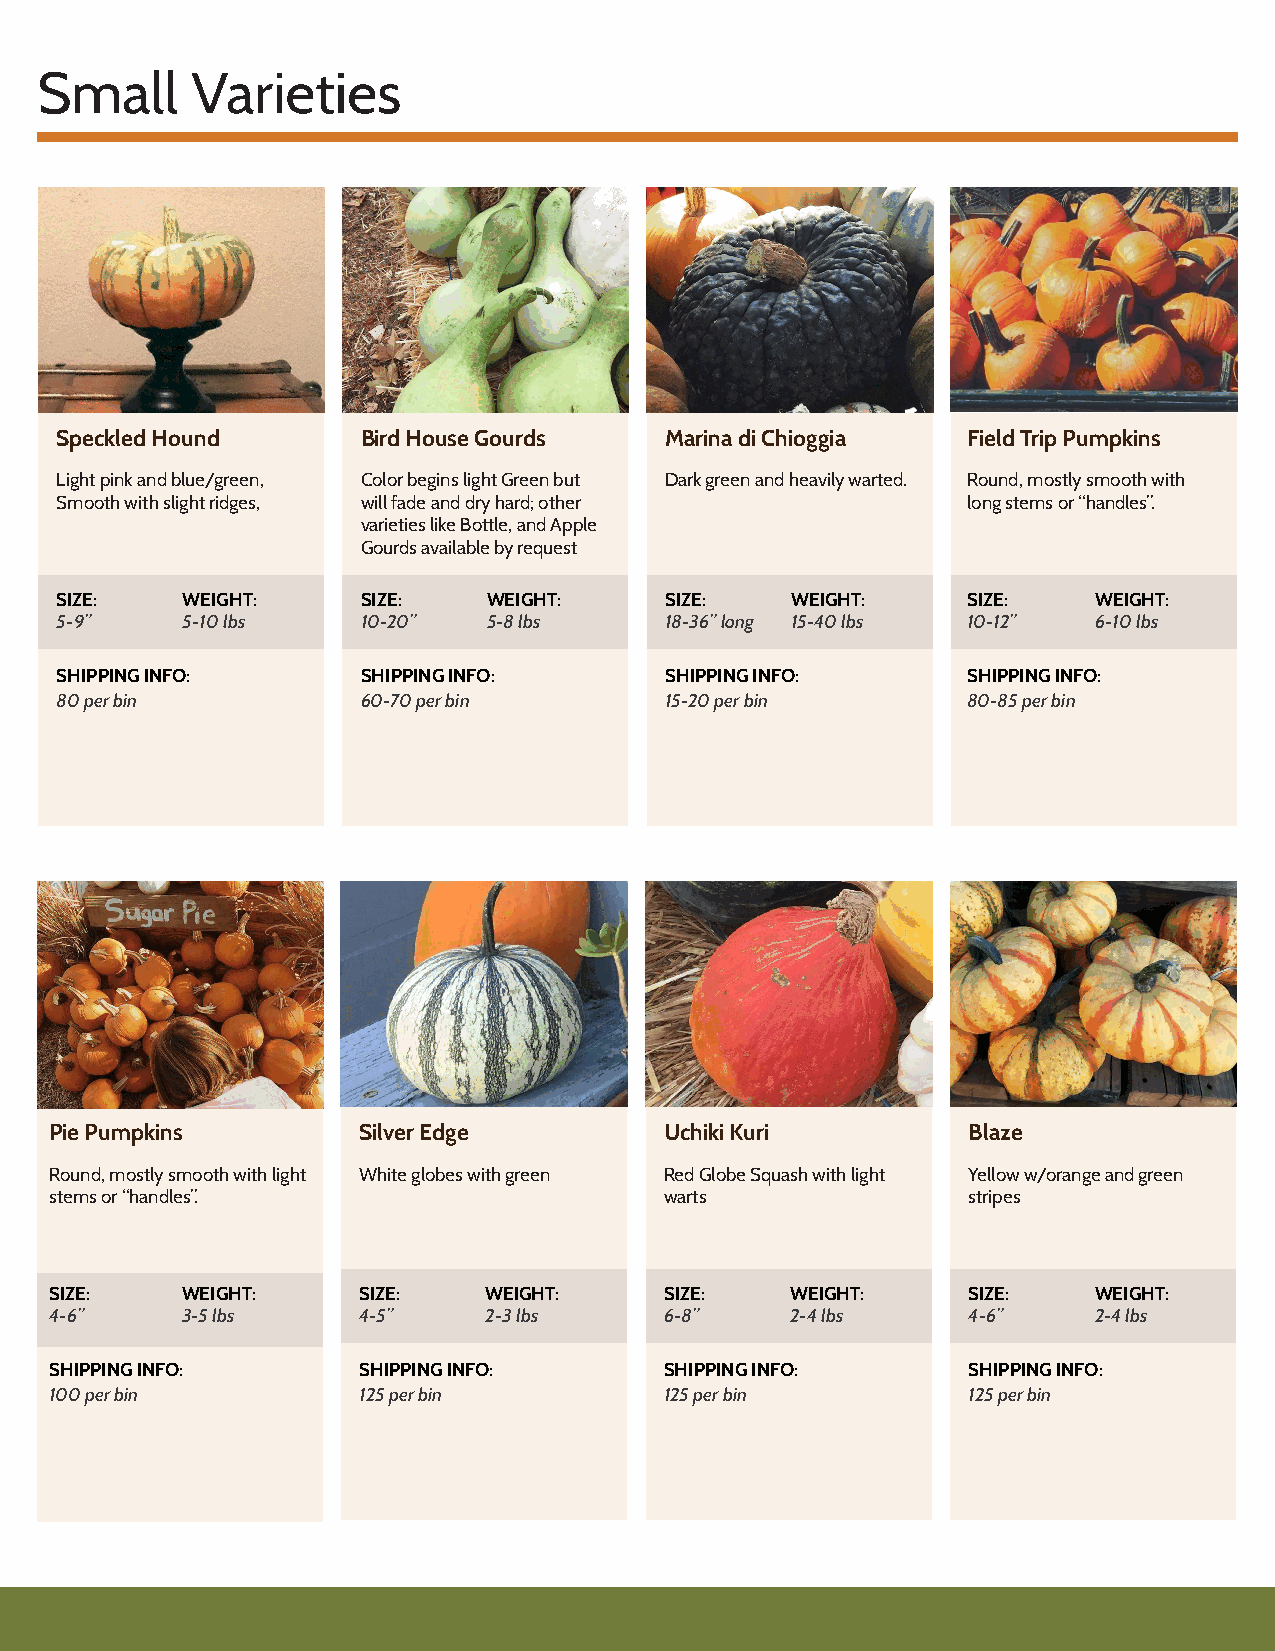
Small      Varieties
 Speckled Hound      Bird House Gourds   Marina di Chioggia  Field Trip Pumpkins
 Light pink and blue/green, Color begins light Green but Dark green and heavily warted. Round, mostly smooth with
 Smooth with slight ridges, will fade and dry hard; other    long stems or “handles”.
 varieties like Bottle, and Apple
 Gourds available by request
 SIZE:   WEIGHT:     SIZE:   WEIGHT:     SIZE:   WEIGHT:     SIZE:    WEIGHT:
 5-9”    5-10 lbs    10-20”  5-8 lbs     18-36” long 15-40 lbs 10-12” 6-10 lbs
 SHIPPING INFO:      SHIPPING INFO:      SHIPPING INFO:      SHIPPING INFO:
 80 per bin          60-70 per bin       15-20 per bin       80-85 per bin
 Pie Pumpkins         Silver Edge         Uchiki Kuri         Blaze
 Round, mostly smooth with light White globes with green Red Globe Squash with light Yellow w/orange and green
 stems or “handles”.                      warts               stripes
 SIZE:    WEIGHT:     SIZE:   WEIGHT:     SIZE:   WEIGHT:     SIZE:   WEIGHT:
 4-6”     3-5 lbs     4-5”    2-3 lbs     6-8”    2-4 lbs     4-6”    2-4 lbs
 SHIPPING INFO:       SHIPPING INFO:      SHIPPING INFO:      SHIPPING INFO:
 100 per bin          125 per bin         125 per bin         125 per bin